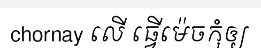
chornay លើ ធ្វើម៉េចកុំឲ្យ